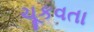
ચૂકવતા